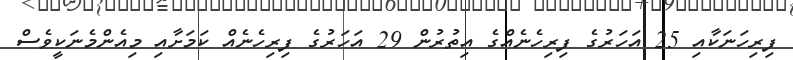
ފިރިހަނަކާއި 25 އަހަރުގެ ފިރިހެނެއްގެ އިތުރުން 29 އަހަރުގެ ފިރިހެނެއް ކަމަށާއި މިއެންމެނަކީވެސް